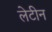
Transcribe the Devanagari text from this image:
लेटीन